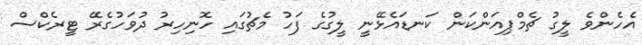
އެހެންވެ ލީގު ޗެމްޕިއަންކަން ކަނޑައެޅޭނީ ލީގުގެ ފަހު މެޗުގައި ހޮނިހިރު ދުވަހުގެރޭ ޓީރެކްސް